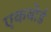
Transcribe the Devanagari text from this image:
एकबोर्ड